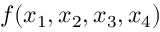
f ( x _ { 1 } , x _ { 2 } , x _ { 3 } , x _ { 4 } )